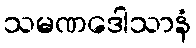
သမဏဒေါသာနံ